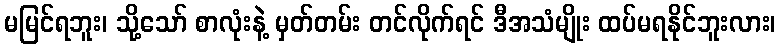
မမြင်ရဘူး၊ သို့သော် စာလုံးနဲ့ မှတ်တမ်း တင်လိုက်ရင် ဒီအသံမျိုး ထပ်မရနိုင်ဘူးလား၊